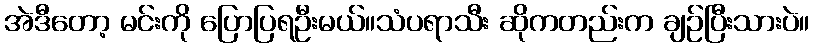
အဲဒီတော့ မင်းကို ပြောပြရဦးမယ်။သံပရာသီး ဆိုကတည်းက ချဉ်ပြီးသားပဲ။